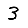
Digit: 3